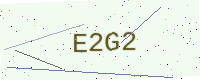
Text: E2G2